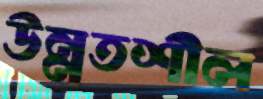
উন্নতশীল